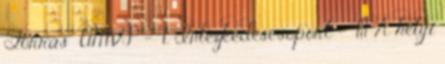
Forrás ▪ÚMVP - 4. Intézkedéscsoport - 411 A helyi